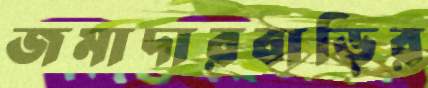
জমাদারবাড়ির